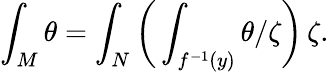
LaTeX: \int_{M}\theta=\int_{N}{\bigg(}\int_{f^{-1}(y)}\theta/\zeta{\bigg)}\, \zeta.